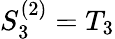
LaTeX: S_{3}^{(2)}=T_{3}